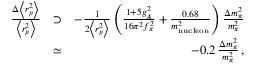
\begin{array} { r l r } { \frac { \Delta \left< r _ { p } ^ { 2 } \right> } { \left< r _ { p } ^ { 2 } \right> } } & { \supset } & { - \frac { 1 } { 2 \left< r _ { p } ^ { 2 } \right> } \left( \frac { 1 + 5 g _ { A } ^ { 2 } } { 1 6 \pi ^ { 2 } f _ { \pi } ^ { 2 } } + \frac { 0 . 6 8 } { m _ { \mathrm { n u c l e o n } } ^ { 2 } } \right) \frac { \Delta m _ { \pi } ^ { 2 } } { m _ { \pi } ^ { 2 } } } \\ & { \simeq } & { - 0 . 2 \, \frac { \Delta m _ { \pi } ^ { 2 } } { m _ { \pi } ^ { 2 } } \, , } \end{array}